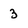
Character: 3